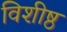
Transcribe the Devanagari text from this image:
विशीष्ठ